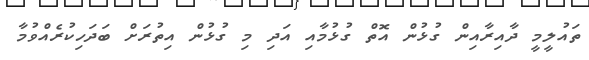
ތައުލީމީ ދާއިރާއިން ގުޅުން އޮތް ގުޅުމާއި އަދި މި ގުޅުން އިތުރަށް ބަދަހިކުރެއްވުމާ